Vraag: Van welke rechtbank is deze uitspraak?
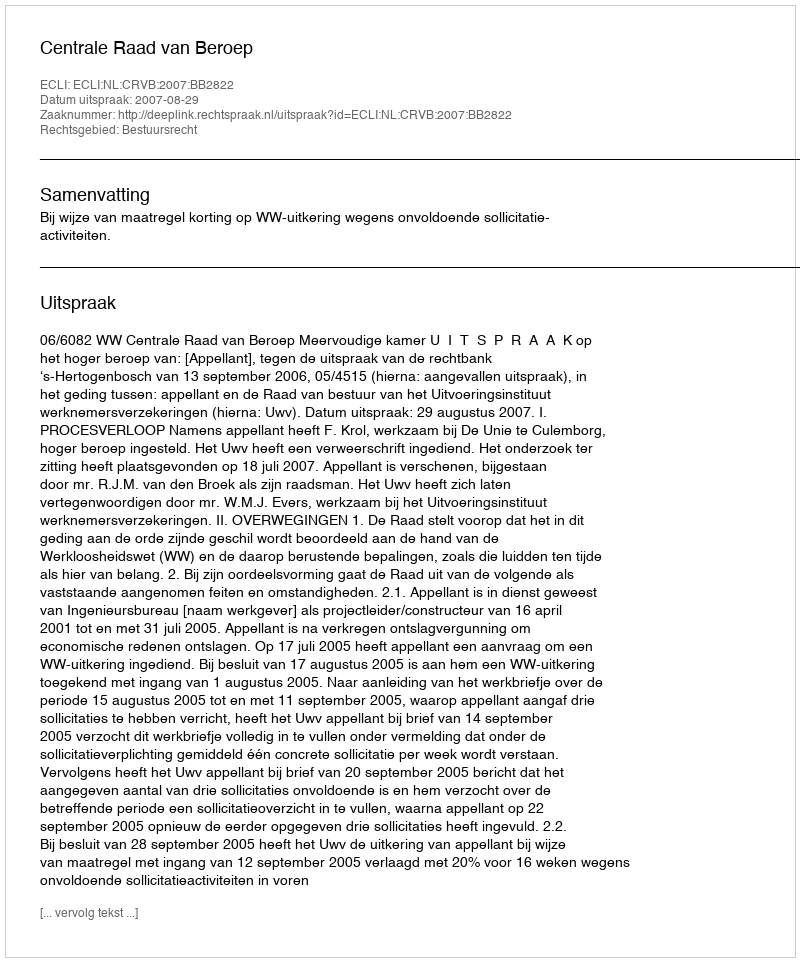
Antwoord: Centrale Raad van Beroep